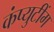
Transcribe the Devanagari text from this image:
कंप्युटींग